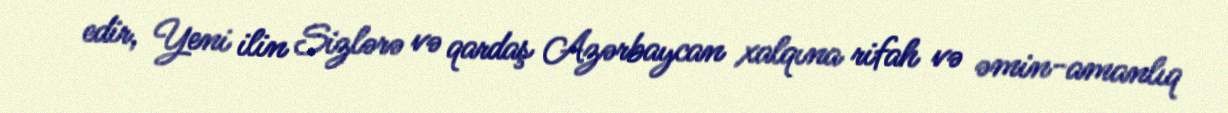
edir, Yeni ilin Sizlərə və qardaş Azərbaycan xalqına rifah və əmin-amanlıq